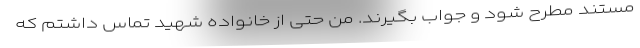
مستند مطرح شود و جواب بگیرند. من حتی از خانواده شهید تماس داشتم که